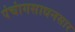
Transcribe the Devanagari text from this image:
पंचांगसाधनसार